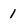
Character: 1